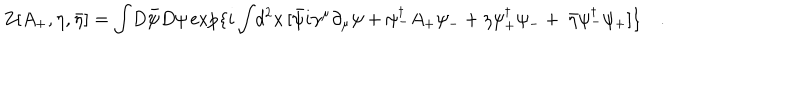
Z [ A _ { + } , \eta , { \bar { \eta } } ] = \int \! D \bar { \psi } D \psi \exp \{ i \int \! d ^ { 2 } x \, [ \bar { \psi } i \gamma ^ { \mu } \partial _ { \mu } \psi + \psi _ { - } ^ { \dagger } A _ { + } \psi _ { - } + \eta \psi _ { + } ^ { \dagger } \psi _ { - } + { \ \bar { \eta } } \psi _ { - } ^ { \dagger } \psi _ { + } ] \} \quad .